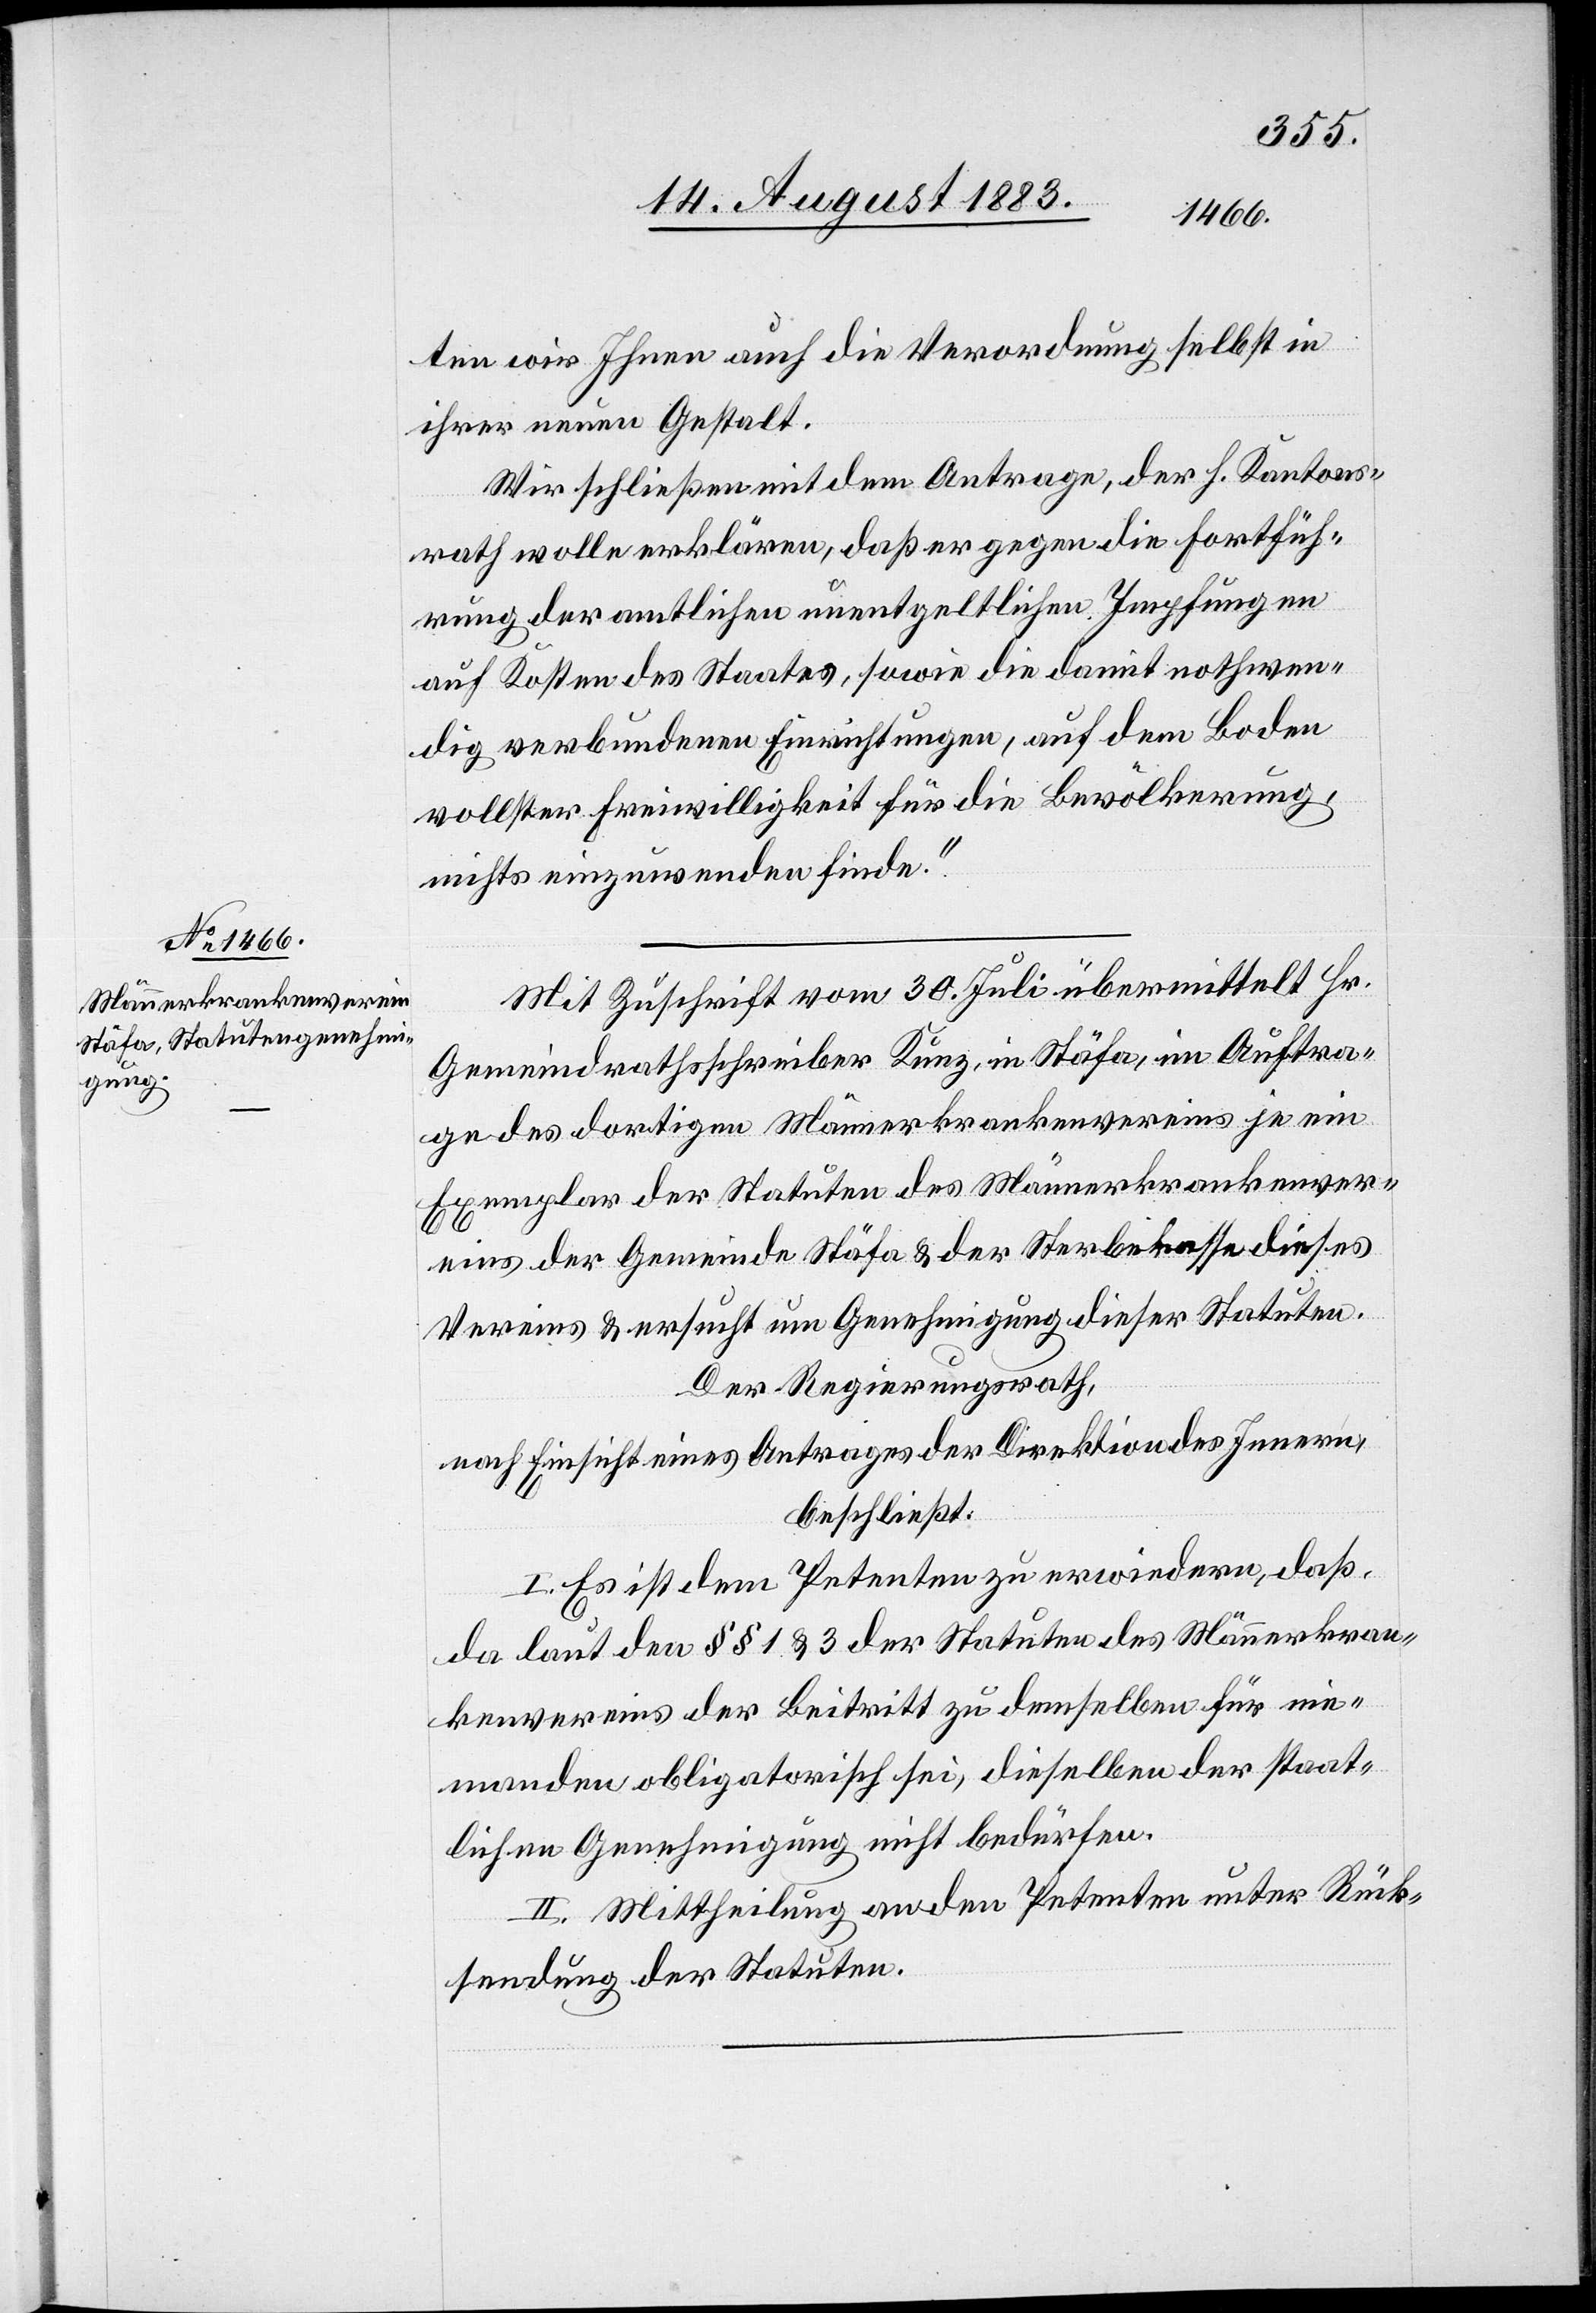
ten wir Ihnen die Verordnung selbst in
ihrer neuen Gestalt.
Wir schließen mit dem Antrage, der h. Kantons¬
rath wolle erklären, daß er gegen die Fortfüh¬
rung der amtlichen unentgeltlichen Impfungen
auf Kosten des Staates, sowie die damit nothwen¬
dig verbundenen Einrichtungen, auf dem Boden
vollster Freiwilligkeit für die Bevölkerung,
nichts einzuwenden finde.“
Mit Zuschrift vom 30. Juli übermittelt Hr.
Gemeindrathsschreiber Kunz, in Stäfa, im Auftra¬
ge des dortigen Männerkrankenvereins je ein
Exemplar der Statuten des Männerkrankenver¬
eins der Gemeinde Stäfa & der Sterbekasse dieses
Vereins & ersucht um Genehmigung dieser Statuten.
Der Regierungsrath,
nach Einsicht eines Antrages der Direktion des Innern,
beschließt:
I. Es ist dem Petenten zu erwiedern, daß,
da laut den §§ 1 & 3 der Statuten des Männerkran¬
kenvereins der Beitritt zu demselben für nie¬
manden obligatorisch sei, dieselbe der staat¬
lichen Genehmigung nicht bedürfe.
II. Mittheilung an den Petenten unter Rück¬
sendung der Statuten.